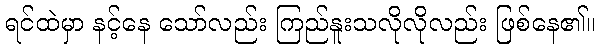
ရင်ထဲမှာ နင့်နေ သော်လည်း ကြည်နူးသလိုလိုလည်း ဖြစ်နေ၏။